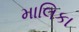
માલિકા